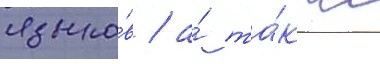
языко́в / а́ та́кже